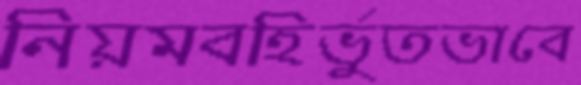
নিয়মবহির্ভুতভাবে